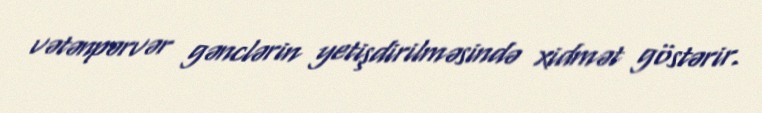
vətənpərvər gənclərin yetişdirilməsində xidmət göstərir.